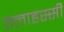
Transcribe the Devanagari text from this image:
तलाहस्सी